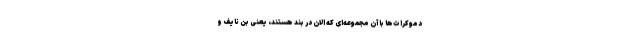
دموکرات‌ها با آن مجموعه‌ای که الان در بند هستند، یعنی بن‌ نایف و